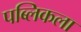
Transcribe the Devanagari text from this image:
पब्लिकला